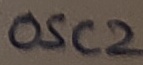
Text: OSC2